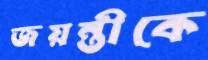
জয়ন্তীকে